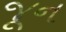
જૂન